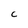
Character: F